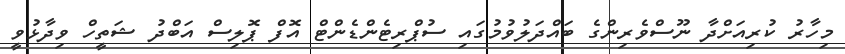
މިހާރު ކުރިއަށްދާ ނޫސްވެރިންގެ ބައްދަލުވުމުގައި ސުޕްރިޓެންޑެންޓް އޮފް ޕޮލިސް އަބްދު ޝަތީހް ވިދާޅުވީ